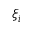
\xi _ { i }